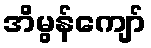
အိမွန်ကျော်